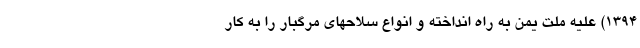
1394) علیه ملت یمن به راه انداخته و انواع سلاحهای مرگبار را به کار